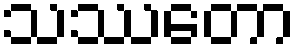
သဿတော